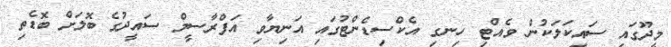
މީދޫގައި ސައިކަލަކުން ވެއްޓި ހިނގި އެކްސިޑެންޓުގައި އަނިޔާވި އަފްރާސީމް ސައީދުގެ ބޮލަށް ބޮޑެތި